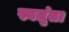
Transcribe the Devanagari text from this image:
स्वतृंता